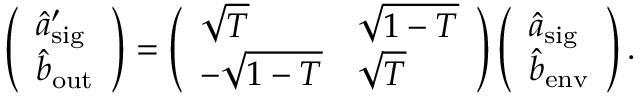
\left( \begin{array} { l } { \hat { a } _ { \mathrm { s i g } } ^ { \prime } } \\ { \hat { b } _ { \mathrm { o u t } } } \end{array} \right) = \left( \begin{array} { l l } { \sqrt { T } } & { \sqrt { 1 - T } } \\ { - \sqrt { 1 - T } } & { \sqrt { T } } \end{array} \right) \left( \begin{array} { l } { \hat { a } _ { \mathrm { s i g } } } \\ { \hat { b } _ { \mathrm { e n v } } } \end{array} \right) .